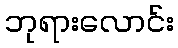
ဘုရားလောင်း